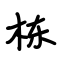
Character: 栋